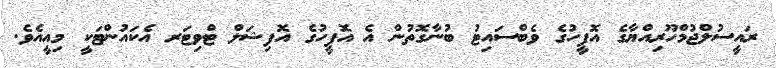
ރައީސުލްޖުމްހޫރިއްޔާގެ އޮފީހުގެ ވެބްސައިޓު ބުނާގޮތުން އެ އޮފީހުގެ އޮފިޝަލް ޓްވިޓަރ އެކައުންޓަކީ މިއީއެވެ.